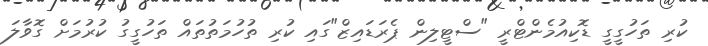
ކުރި ތަހުގީގީ ޑޮކިއުމެންޓްރީ "ސްޓީލިން ޕެރަޑައިޒް"ގައި ކުރި ތުހުމަތުތައް ތަހުގީގު ކުރުމަށް ގޮވާލަ